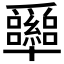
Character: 𰠉